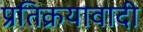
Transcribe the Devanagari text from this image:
प्रतिक्रयावादी